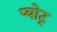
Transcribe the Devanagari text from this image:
प्योट्र